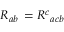
R _ { a b } \, = R ^ { c } { } _ { a c b }